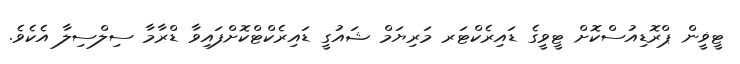
ޓީޥީން ޕްރޮޑިއުސްކޮށް ޓީވީގެ ޑައިރެކްޓަރ މަރިޔަމް ޝައުގީ ޑައިރެކްޓްކޮށްފައިވާ ޑްރާމާ ސިލްސިލާ އެކެވެ.